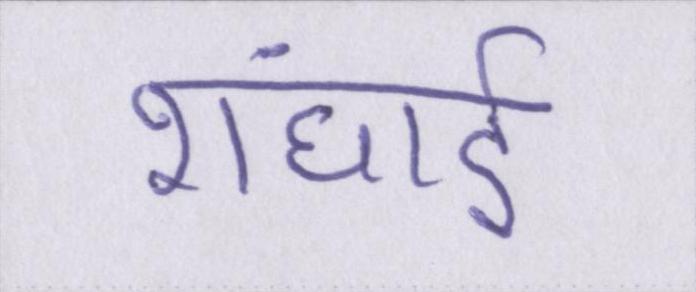
शंघाई